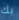
بك